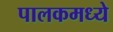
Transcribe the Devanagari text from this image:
पालकमध्ये